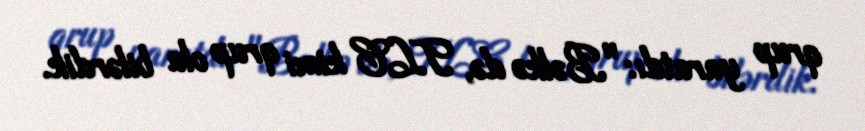
qrup yaratdı: "Bəlkə də, TLC kimi qrup ola bilərdik.